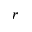
r